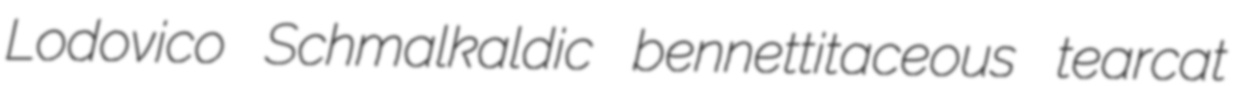
Lodovico Schmalkaldic bennettitaceous tearcat